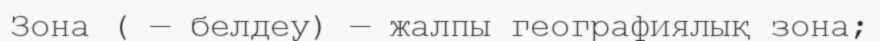
Зона ( — белдеу) — жалпы географиялық зона;